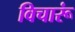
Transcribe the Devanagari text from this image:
विचारूं